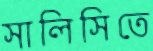
সালিসিতে